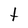
Character: t